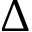
\Delta